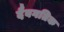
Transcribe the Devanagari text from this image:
दैवगतिक